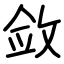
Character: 敛